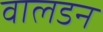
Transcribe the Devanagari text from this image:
वालडन